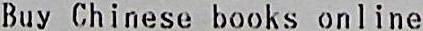
BUY CHINESE BOOKS ONLINE